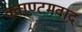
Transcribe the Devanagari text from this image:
क्वाण्टमवाद